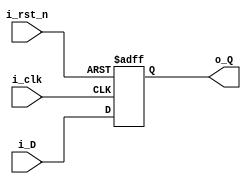
module register_n #(parameter WIDTH=8)(input i_clk, i_rst_n, //i_en
		input [WIDTH-1:0] i_D,
		output reg [WIDTH-1:0] o_Q);


always @(negedge i_clk, negedge i_rst_n)
begin
	if (!i_rst_n)
		o_Q <= 0;
	else begin
		if (!i_clk)
			o_Q <= i_D;
	end

end

endmodule